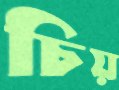
চিয়